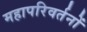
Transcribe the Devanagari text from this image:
महापरिवर्तनों